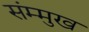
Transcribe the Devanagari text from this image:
संम्मुख